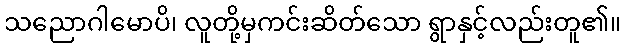
သညောဂါမောပိ၊ လူတို့မှကင်းဆိတ်သော ရွာနှင့်လည်းတူ၏။